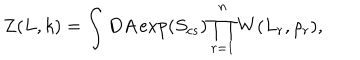
LaTeX: Z ( L , k ) = \int D A \exp ( S _ { c s } ) \prod _ { r = 1 } ^ { n } W ( L _ { r } , \rho _ { r } ) ,